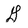
Character: G